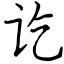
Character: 讫